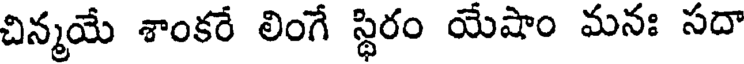
చిన్మయే శాంకరే లింగే స్థిరం యేషాం మనః సదా